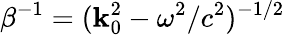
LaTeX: \beta^{-1}=(\mathbf{k}_{0}^{2}-\omega^{2}/c^{2})^{-1/2}